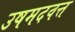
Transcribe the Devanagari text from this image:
उषमदवत्त